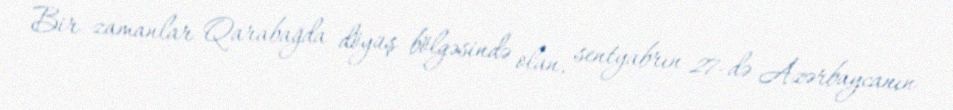
Bir zamanlar Qarabağda döyüş bölgəsində olan, sentyabrın 27-də Azərbaycanın